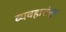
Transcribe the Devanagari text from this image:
व्यवहारांतून